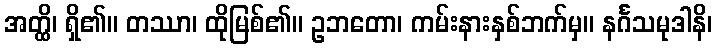
အတ္ထိ၊ ရှိ၏။ တဿာ၊ ထိုမြစ်၏။ ဥဘတော၊ ကမ်းနားနှစ်ဘက်မှ။ နင်္ဂသမုဒါနိ၊